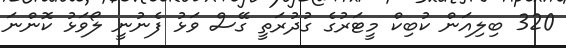
320 ބިލިއަން ކުބިކް މީޓަރުގެ ގުދުރަތީ ގޭސް ވަޅު ފެނުނީ ލޯވަޅު ކޮންނަ